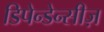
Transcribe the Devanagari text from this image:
डिपेन्डेन्सीज़